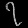
Digit: ၇